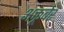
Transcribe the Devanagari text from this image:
अक्तूबेर